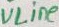
Text: VLine